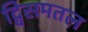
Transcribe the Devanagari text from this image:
द्विसमतल